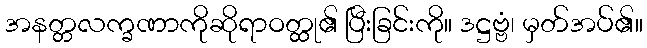
အနတ္တလက္ခဏာကိုဆိုရာဝတ္ထု၏ ပြီးခြင်းကို။ ဒဋ္ဌဗ္ဗံ၊ မှတ်အပ်၏။